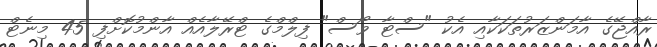
ރާއްޖޭގެ އާމަންޒަރުތަކަކާއި އެކު "ސްޓާ ވޯސް" ފިލްމްގެ ޓްރޭލާއެއް އާންމުކޮށްފި 45 މިނެޓް